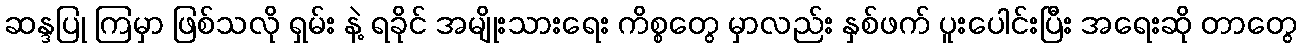
ဆန္ဒပြု ကြမှာ ဖြစ်သလို ရှမ်း နဲ့ ရခိုင် အမျိုးသားရေး ကိစ္စတွေ မှာလည်း နှစ်ဖက် ပူးပေါင်းပြီး အရေးဆို တာတွေ